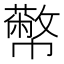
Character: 𢅷